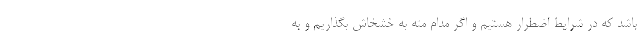
باشد که در شرایط اضطرار هستیم و اگر مدام مته به خشخاش بگذاریم و به